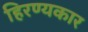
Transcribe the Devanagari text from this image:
हिरण्यकार